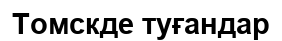
Томскде туғандар